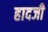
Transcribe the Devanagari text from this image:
हादजी